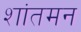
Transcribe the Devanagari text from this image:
शांतमन